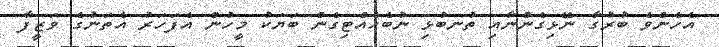
އެހެންވެ ބުރުގާ ނޭޅިގެންނާއި ތުނބުޅި ނުބެހެއްޓިގެން ބަޔަކު މީހުން އެފަހަރު އެތަނުގެ ވަޒީފާ